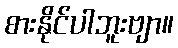
စားနိုင်ပါဘူးဗျာ။